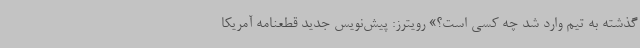
گذشته به تیم وارد شد چه کسی است؟» رویترز: پیش‌نویس جدید قطعنامه آمریکا